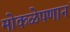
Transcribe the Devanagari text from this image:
मोकळेपणानं